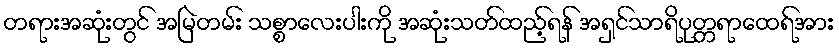
တရားအဆုံးတွင် အမြဲတမ်း သစ္စာလေးပါးကို အဆုံးသတ်ထည့်ရန် အရှင်သာရိပုတ္တရာထေရ်အား